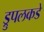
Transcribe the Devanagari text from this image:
ड्रुपलकडे